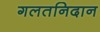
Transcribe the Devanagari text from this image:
गलतनिदान